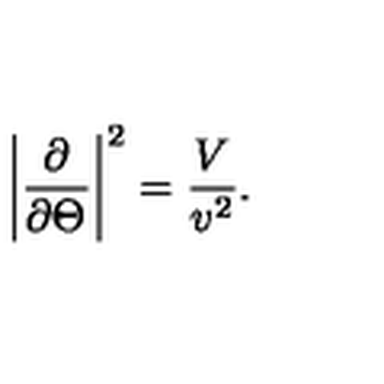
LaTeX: \left| \frac { \partial } { \partial \Theta } \right| ^ { 2 } = \frac { V } { v ^ { 2 } } .